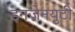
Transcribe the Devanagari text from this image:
इनजेनयुटी